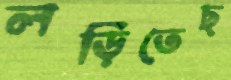
লড়িতেছ